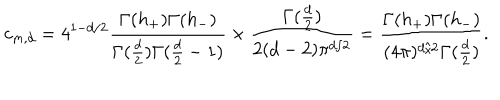
LaTeX: c _ { m , d } = 4 ^ { 1 - d / 2 } \frac { \Gamma ( h _ { + } ) \Gamma ( h _ { - } ) } { \Gamma ( \frac { d } { 2 } ) \Gamma ( \frac { d } { 2 } - 1 ) } \times \frac { \Gamma ( \frac { d } { 2 } ) } { 2 ( d - 2 ) \pi ^ { d / 2 } } = \frac { \Gamma ( h _ { + } ) \Gamma ( h _ { - } ) } { ( 4 \pi ) ^ { d / 2 } \Gamma ( \frac { d } { 2 } ) } .